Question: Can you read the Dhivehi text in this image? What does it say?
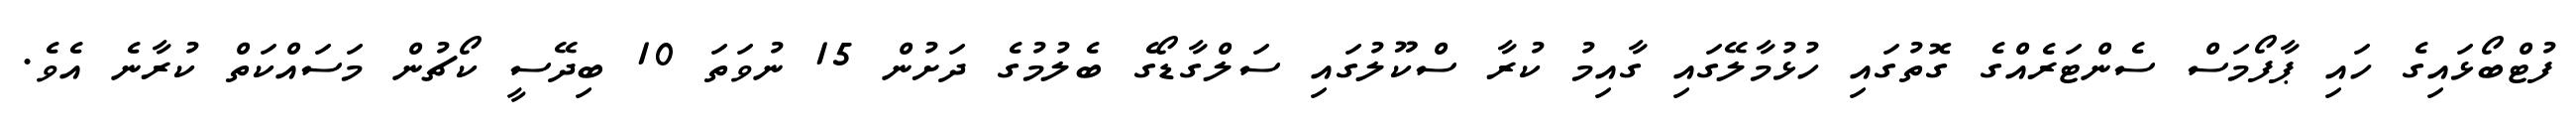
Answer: ފުޓްބޯޅައިގެ ހައި ޕާފޯމަސް ސެންޓަރެއްގެ ގޮތުގައި ހުޅުމާލޭގައި ގާއިމު ކުރާ ސްކޫލުގައި ސަލްގާޑޯގެ ބެލުމުގެ ދަށުން 15 ނުވަތަ 10 ބިދޭސީ ކޯޗުން މަސައްކަތް ކުރާނެ އެވެ.